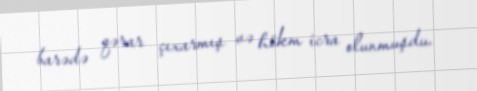
barədə qərar çıxarmış və hökm icra olunmuşdu.